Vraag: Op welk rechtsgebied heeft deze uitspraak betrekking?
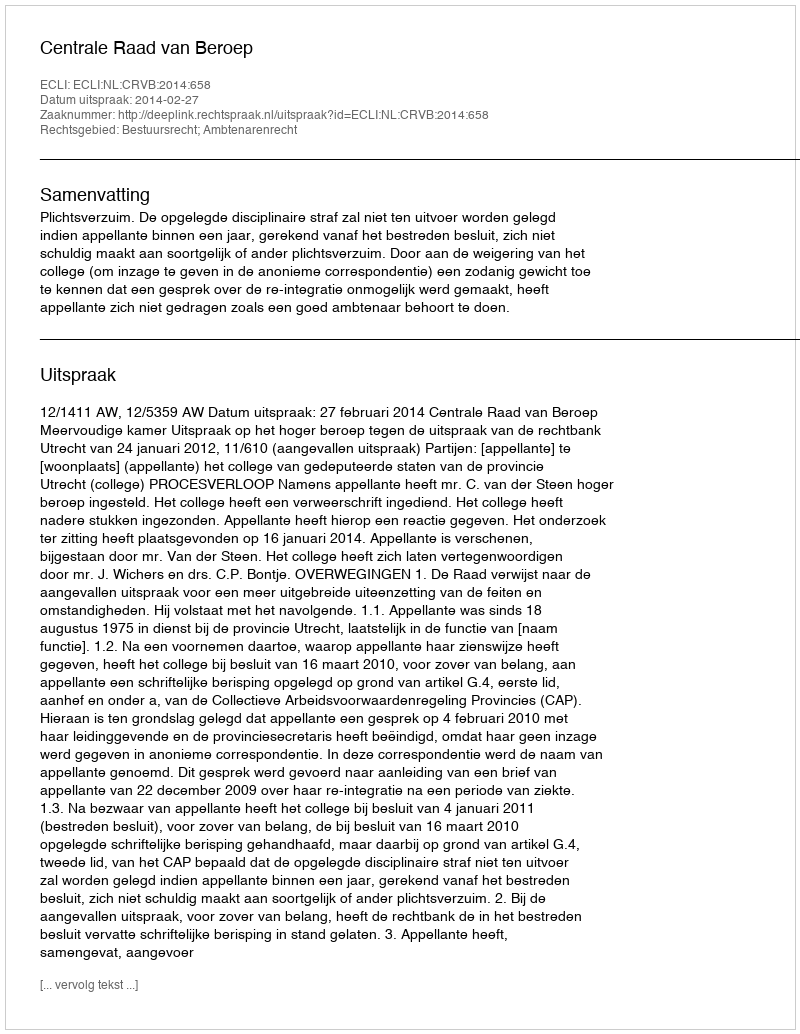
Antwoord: Bestuursrecht; Ambtenarenrecht